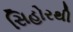
સિહોરથી